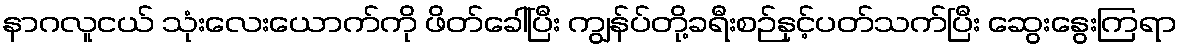
နာဂလူငယ် သုံးလေးယောက်ကို ဖိတ်ခေါ်ပြီး ကျွန်ပ်တို့ခရီးစဉ်နှင့်ပတ်သက်ပြီး ဆွေးနွေးကြရာ